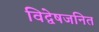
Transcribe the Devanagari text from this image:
विद्वेषजनित